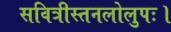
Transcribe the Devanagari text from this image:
सवित्रीस्तनलोलुपः।